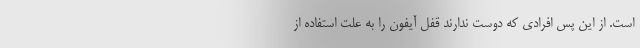
است. از این پس افرادی که دوست ندارند قفل آیفون را به علت استفاده از